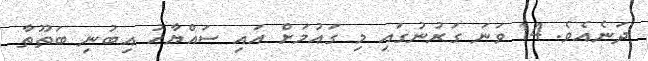
ދަނެއެވެ. 14 ވަނަ ގަރުނުގައި މި ގައުމަށް އައި ސައްޔާހު އިބުނި ބަތޫތާ